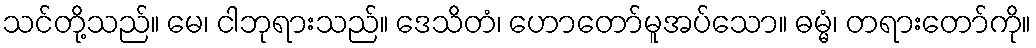
သင်တို့သည်။ မေ၊ ငါဘုရားသည်။ ဒေသိတံ၊ ဟောတော်မူအပ်သော။ ဓမ္မံ၊ တရားတော်ကို။